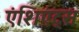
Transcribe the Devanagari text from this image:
एंशिएंट्स